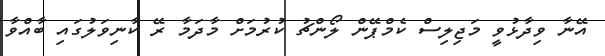
އޭނާ ވިދާޅުވީ މަޖިލިސް ކެމްޕޭން ލޯންޗު ކުރުމަށް މާދަމާ ރޭ ކާނިވަލުގައި ބާއްވާ